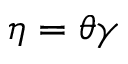
\eta = \theta \gamma